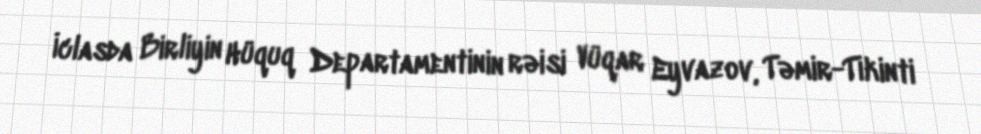
İclasda Birliyin Hüquq Departamentinin rəisi Vüqar Eyvazov, Təmir-Tikinti